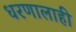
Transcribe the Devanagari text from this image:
धरणालाही